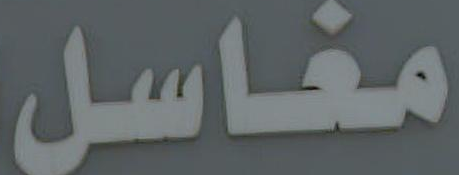
مغاسل